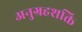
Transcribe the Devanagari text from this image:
अनुग्रहशक्ति